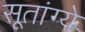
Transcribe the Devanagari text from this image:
सूतांग्ये